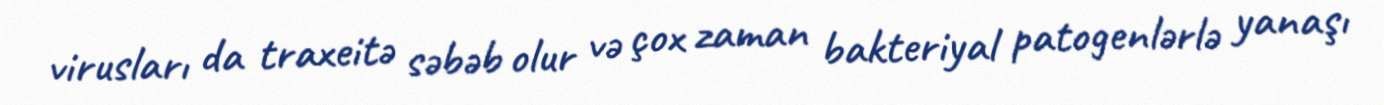
virusları da traxeitə səbəb olur və çox zaman bakteriyal patogenlərlə yanaşı